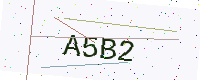
Text: A5B2